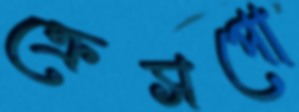
ক্রেসপো